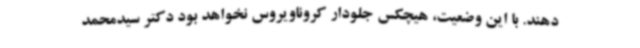
دهند. با این وضعیت، هیچکس جلودار کروناویروس نخواهد بود دکتر سیدمحمد